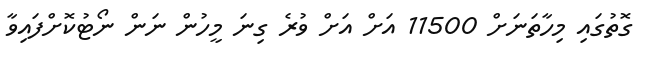
ގޮތުގައި މިހާތަނަށް 11500 އަށް އަށް ވުރެ ގިނަ މީހުން ނަން ނޯޓުކޮށްފައިވާ